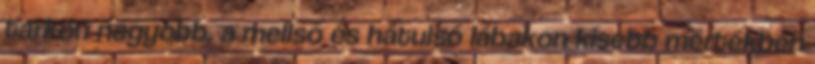
tarkón nagyobb, a mellső és hátulsó lábakon kisebb mértékben